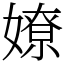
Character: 嫽